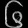
Digit: ၆